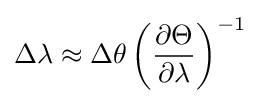
\Delta \lambda \approx \Delta \theta \left({\partial \Theta  \over \partial \lambda }\right)^{-1}